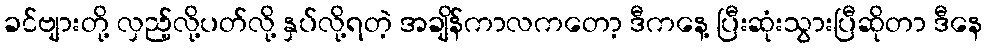
ခင်ဗျားတို့ လှည့်လို့ပတ်လို့ နှပ်လို့ရတဲ့ အချိန်ကာလကတော့ ဒီကနေ့ ပြီးဆုံးသွားပြီဆိုတာ ဒီနေ